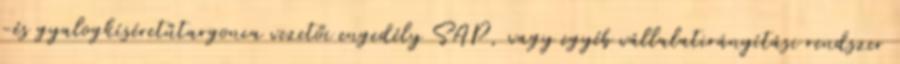
-és gyalogkíséretűtargonca vezetői engedély SAP, vagy egyéb vállalatirányítási rendszer